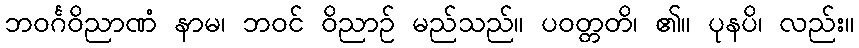
ဘဝင်္ဂဝိညာဏံ နာမ၊ ဘဝင် ဝိညာဉ် မည်သည်။ ပဝတ္တတိ၊ ၏။ ပုနပိ၊ လည်း။